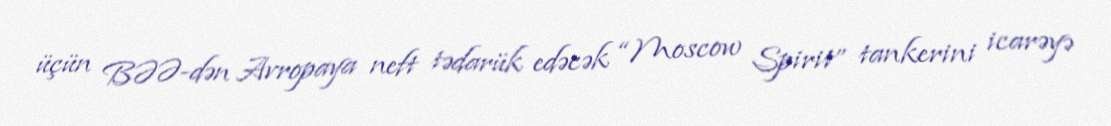
üçün BƏƏ-dən Avropaya neft tədarük edəcək “Moscow Spirit” tankerini icarəyə